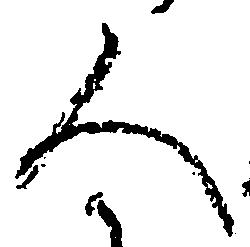
人